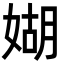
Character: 媩